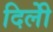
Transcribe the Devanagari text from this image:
दिलीे